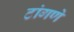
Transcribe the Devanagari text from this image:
टांगणे